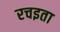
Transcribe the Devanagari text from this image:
रचइता